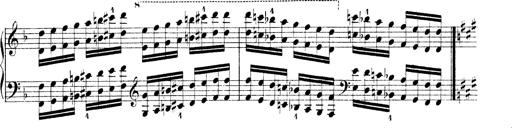
Title: Technische Studien
Composer: Franz Liszt